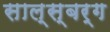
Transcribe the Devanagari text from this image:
साल्स्बर्ग